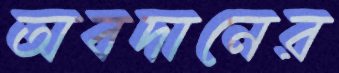
অবদানের